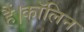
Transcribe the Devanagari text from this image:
हैं।कॉलिन